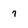
Character: 7